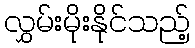
လွှမ်းမိုးနိုင်သည့်